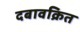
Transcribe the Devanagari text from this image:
दबावक्रित